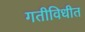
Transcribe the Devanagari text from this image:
गतीविधीत